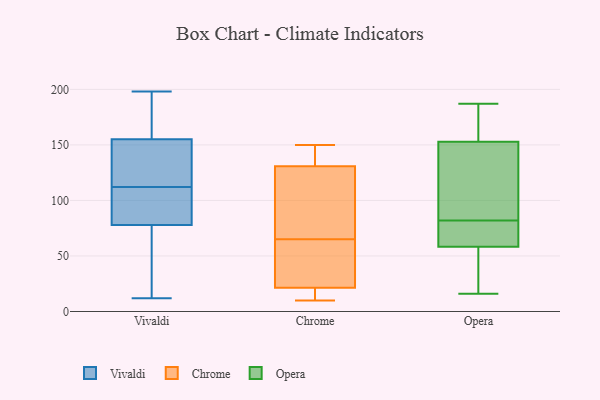
{"axis": {"x": "Net Income (USD K)", "y": "Value"}, "legend": ["Chrome", "Opera", "Vivaldi"], "data": [{"x": "", "y": 190, "type": "Vivaldi"}, {"x": "", "y": 198, "type": "Vivaldi"}, {"x": "", "y": 127, "type": "Vivaldi"}, {"x": "", "y": 46, "type": "Vivaldi"}, {"x": "", "y": 56, "type": "Vivaldi"}, {"x": "", "y": 132, "type": "Vivaldi"}, {"x": "", "y": 78, "type": "Vivaldi"}, {"x": "", "y": 84, "type": "Vivaldi"}, {"x": "", "y": 119, "type": "Vivaldi"}, {"x": "", "y": 105, "type": "Vivaldi"}, {"x": "", "y": 94, "type": "Vivaldi"}, {"x": "", "y": 156, "type": "Vivaldi"}, {"x": "", "y": 12, "type": "Vivaldi"}, {"x": "", "y": 155, "type": "Vivaldi"}, {"x": "", "y": 112, "type": "Chrome"}, {"x": "", "y": 65, "type": "Chrome"}, {"x": "", "y": 137, "type": "Chrome"}, {"x": "", "y": 17, "type": "Chrome"}, {"x": "", "y": 13, "type": "Chrome"}, {"x": "", "y": 145, "type": "Chrome"}, {"x": "", "y": 150, "type": "Chrome"}, {"x": "", "y": 10, "type": "Chrome"}, {"x": "", "y": 35, "type": "Chrome"}, {"x": "", "y": 51, "type": "Chrome"}, {"x": "", "y": 103, "type": "Chrome"}, {"x": "", "y": 187, "type": "Opera"}, {"x": "", "y": 85, "type": "Opera"}, {"x": "", "y": 58, "type": "Opera"}, {"x": "", "y": 82, "type": "Opera"}, {"x": "", "y": 173, "type": "Opera"}, {"x": "", "y": 59, "type": "Opera"}, {"x": "", "y": 134, "type": "Opera"}, {"x": "", "y": 62, "type": "Opera"}, {"x": "", "y": 16, "type": "Opera"}, {"x": "", "y": 29, "type": "Opera"}, {"x": "", "y": 159, "type": "Opera"}]}